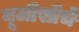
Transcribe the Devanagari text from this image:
यूजीसीचे